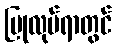
ပြုလုပ်ရာတွင်